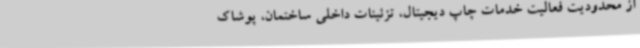
از محدودیت فعالیت خدمات چاپ دیجیتال، تزئینات داخلی ساختمان، پوشاک